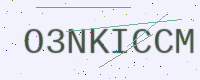
Text: O3NKICCM